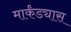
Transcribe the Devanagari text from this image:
मार्कंड्यास